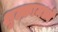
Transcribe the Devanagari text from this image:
शुल्कामध्ये